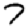
Digit: 7